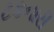
ટકનારી